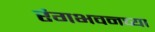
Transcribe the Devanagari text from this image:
रंगभवनच्या